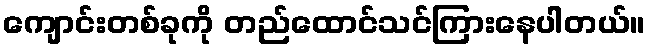
ကျောင်းတစ်ခုကို တည်ထောင်သင်ကြားနေပါတယ်။